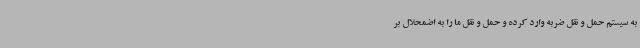
به سیستم حمل و نقل ضربه وارد کرده و حمل و نقل ما را به اضمحلال بر